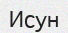
Исун